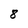
Character: 8